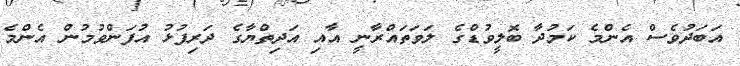
އަބަދުވެސް އެންމެ ކަމުދާ ބޮލީވުޑްގެ ލަވަތައްރާނީ އާއި އަދިތްޔާގެ ދަރިފުޅު އުފަންވުމުން އެންމެ